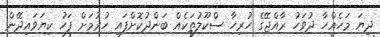
ދިޔަ މަހެއްހާ ދުވަހު ރާއްޖޭގެ ހުރިހާ ސްކޫލުތަކެއް ބަންދުކޮށްފައި ހުރުމަށް ފަހު ކިޔަވައިދޭން